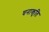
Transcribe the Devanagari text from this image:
घनाकृति